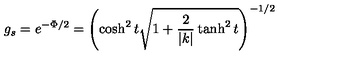
g _ { s } = e ^ { - \Phi / 2 } = \left( \cosh ^ { 2 } t \sqrt { 1 + \frac { 2 } { | k | } \tanh ^ { 2 } t } \right) ^ { - 1 / 2 }